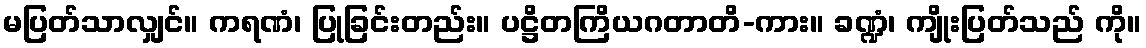
မပြတ်သာလျှင်။ ကရဏံ၊ ပြုခြင်းတည်း။ ပဋ္ဌိတကြိယဂတာတိ-ကား။ ခဏ္ဍံ၊ ကျိုးပြတ်သည် ကို။